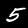
Label: 5